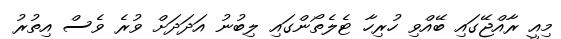
މިއީ ރާއްޖޭގައި ބޭއްވި ހުރިހާ ޓެލެތޯންގައި ލިބުނު އަދަދަށް ވުރެ ވެސް އިތުރު